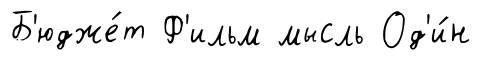
Б'юдже́т Ф'ильм мысль Од'и́н